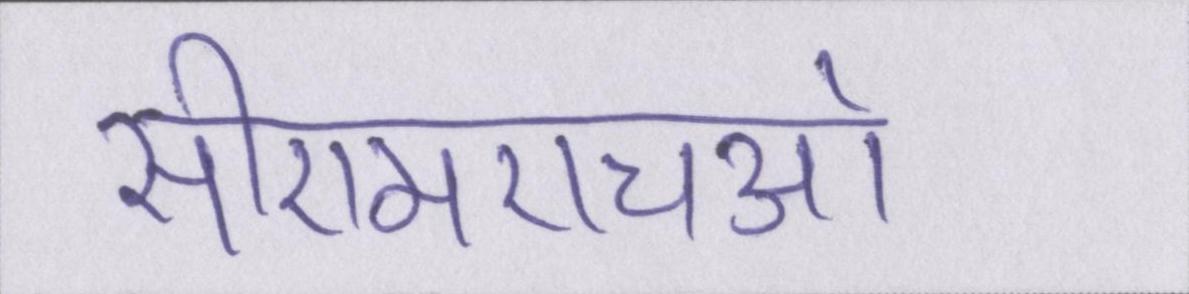
सीएमएचओ